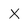
Character: X